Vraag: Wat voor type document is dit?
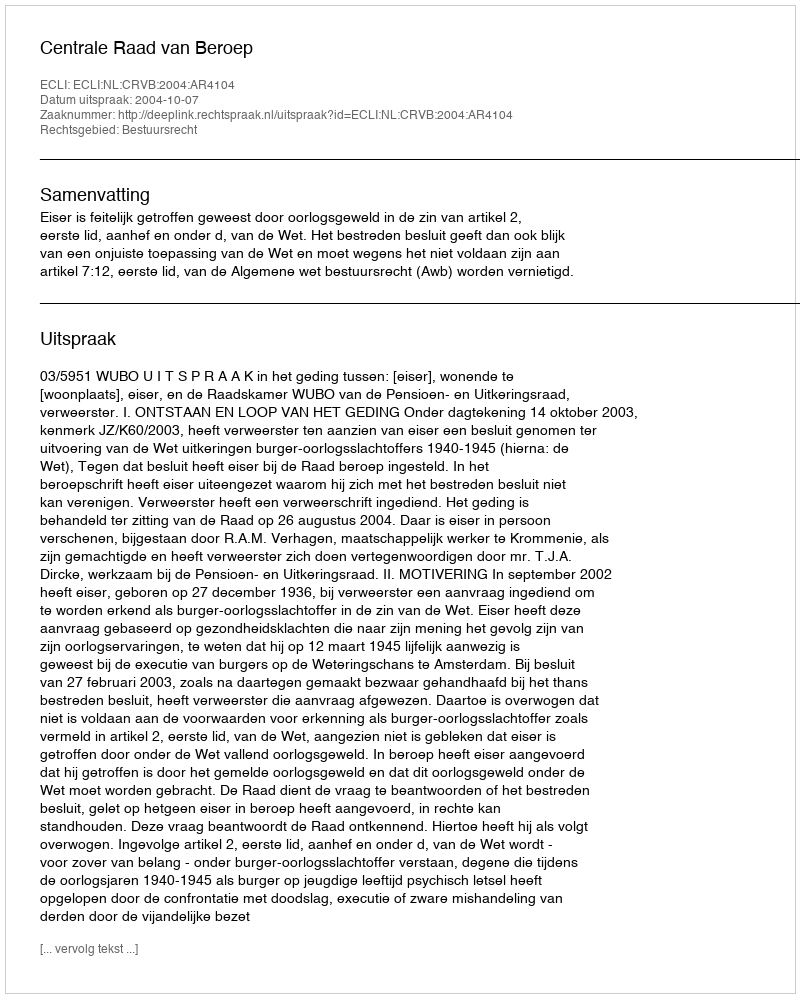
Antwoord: Uitspraak